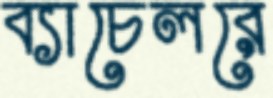
ব্যাচেলরে